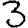
Digit: 3